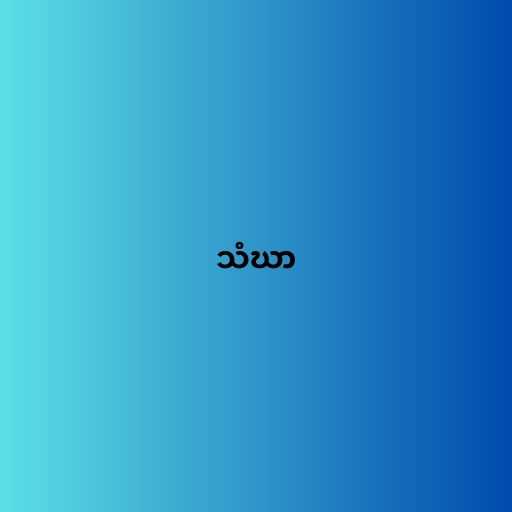
သံဃာ